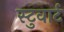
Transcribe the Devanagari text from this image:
स्टुवार्ट